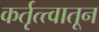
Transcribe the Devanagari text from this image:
कर्तृत्त्वातून